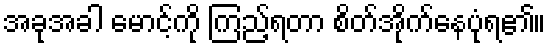
အခုအခါ မောင့်ကို ကြည့်ရတာ စိတ်အိုက်နေပုံရ၏။